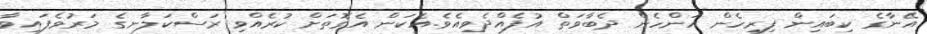
އޭނާގެ ކިބައިން ފިރިހެން އަންހެން ދެބާވަތް އުފެއްދެވިއެވެ.އެކަން އެގޮތަށް ކުރެއްވި ރަސްކަލާނގެ މަރުވެފައިވާ